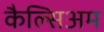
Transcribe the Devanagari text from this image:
कैल्सिअम